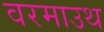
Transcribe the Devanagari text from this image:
वरमाउथ